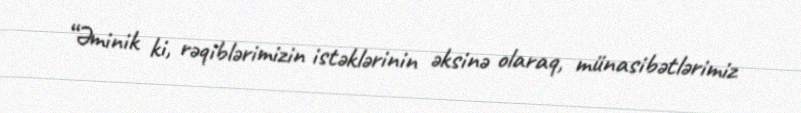
“Əminik ki, rəqiblərimizin istəklərinin əksinə olaraq, münasibətlərimiz